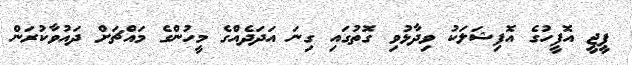
ޕީޖީ އޮފީހުގެ އޮފިޝަލަކު ވިދާޅުވި ގޮތުގައި ގިނަ އަދަދެއްގެ މީހުންގެ މައްޗަށް ދައުވާކުރަން